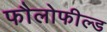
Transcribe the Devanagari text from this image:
फौलोफील्ड